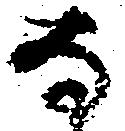
な